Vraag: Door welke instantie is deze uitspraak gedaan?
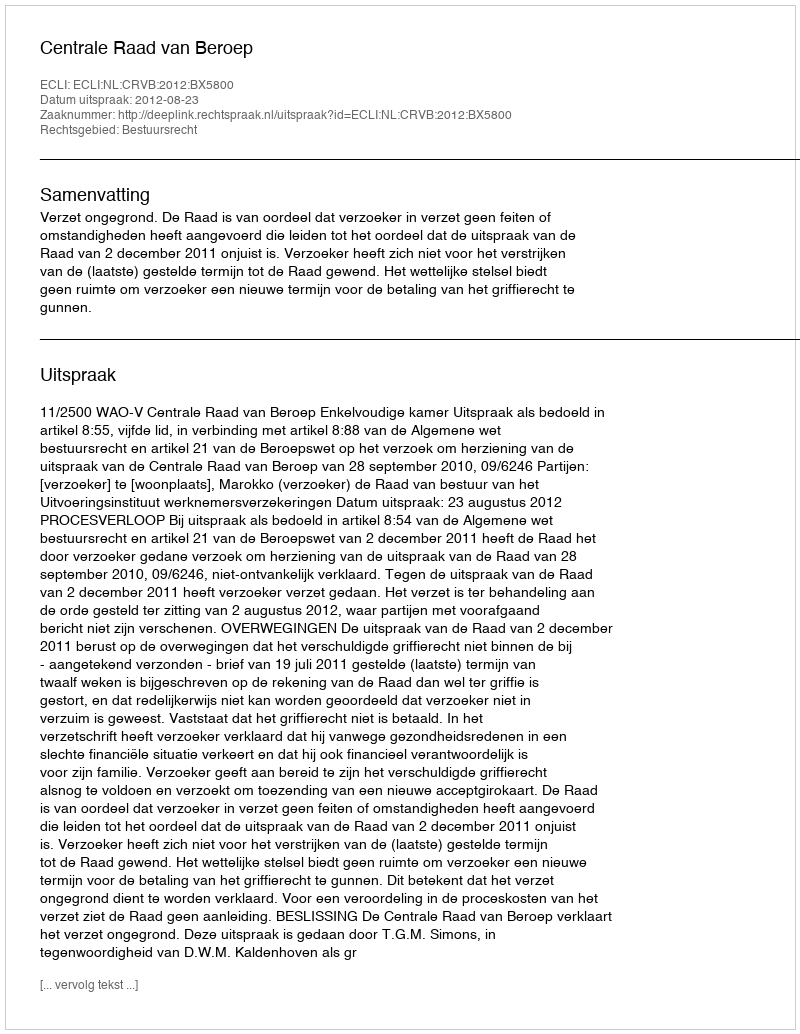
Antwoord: Centrale Raad van Beroep